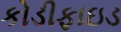
કોડીફાઇડ